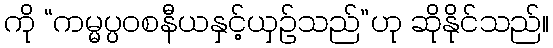
ကို “ကမ္မပ္ပဝစနီယနှင့်ယှဉ်သည်”ဟု ဆိုနိုင်သည်။